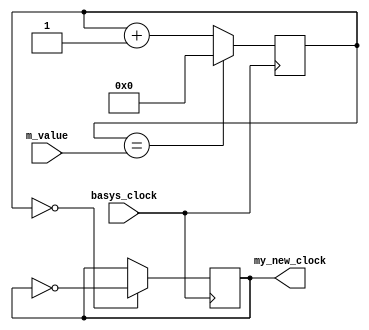
`timescale 1ns / 1ps
//////////////////////////////////////////////////////////////////////////////////
// Company: 
// Engineer: 
// 
// Design Name: 
// Module Name: my_clock_divider_audio
// Project Name: 
// Target Devices: 
// Tool Versions: 
// Description: 
// 
// Dependencies: 
// 
// Revision:
// Revision 0.01 - File Created
// Additional Comments:
// 
//////////////////////////////////////////////////////////////////////////////////


module my_clock_divider_audio(
    input basys_clock,
    output reg my_new_clock = 0,
    input [31:0]m_value
    );// set a clock divider to give a new clock of 20kHz (this is just the demo during lab session, may
    //not be what project needs
    reg [31:0] count = 0;//remember to give initial value, make sure 
    // that the size you give is enough for stop value of count
    always @ (posedge basys_clock)//perform the following operations once in each cycle of basys clock
    begin
    count <= (count == m_value) ? 0:count + 1;
    my_new_clock <= (count == 0) ? ~my_new_clock:my_new_clock;
    end
endmodule